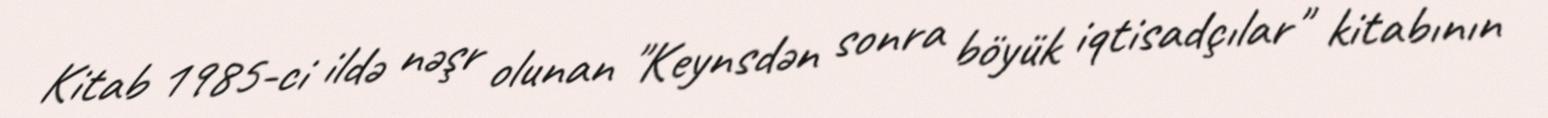
Kitab 1985-ci ildə nəşr olunan "Keynsdən sonra böyük iqtisadçılar" kitabının